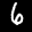
Label: 6